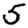
Digit: 5